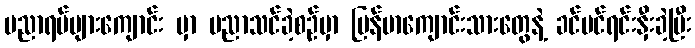
ပညာရပ်များကျောင်း မှာ ပညာသင်ခဲ့စဉ်မှာ မြန်မာကျောင်းသားတွေနဲ့ ခင်မင်ရင်းနှီးခဲ့ပြီး